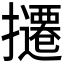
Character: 𫾔